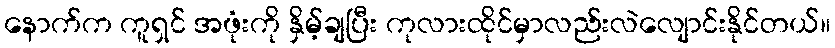
နောက်က ကူရှင် အဖုံးကို နှိမ့်ချပြီး ကုလားထိုင်မှာလည်းလဲလျောင်းနိုင်တယ်။